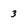
Character: 3